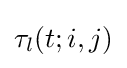
\tau _{l}(t;i,j)